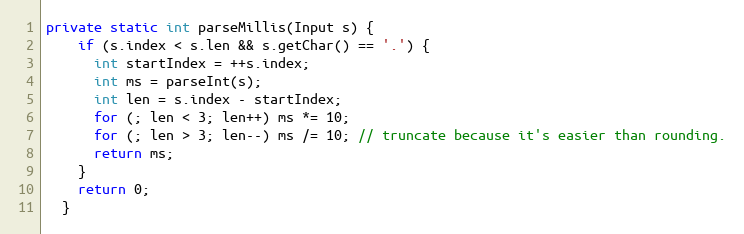
Language: Java
private static int parseMillis(Input s) {
    if (s.index < s.len && s.getChar() == '.') {
      int startIndex = ++s.index;
      int ms = parseInt(s);
      int len = s.index - startIndex;
      for (; len < 3; len++) ms *= 10;
      for (; len > 3; len--) ms /= 10; // truncate because it's easier than rounding.
      return ms;
    }
    return 0;
  }